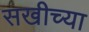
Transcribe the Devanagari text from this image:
सखीच्या